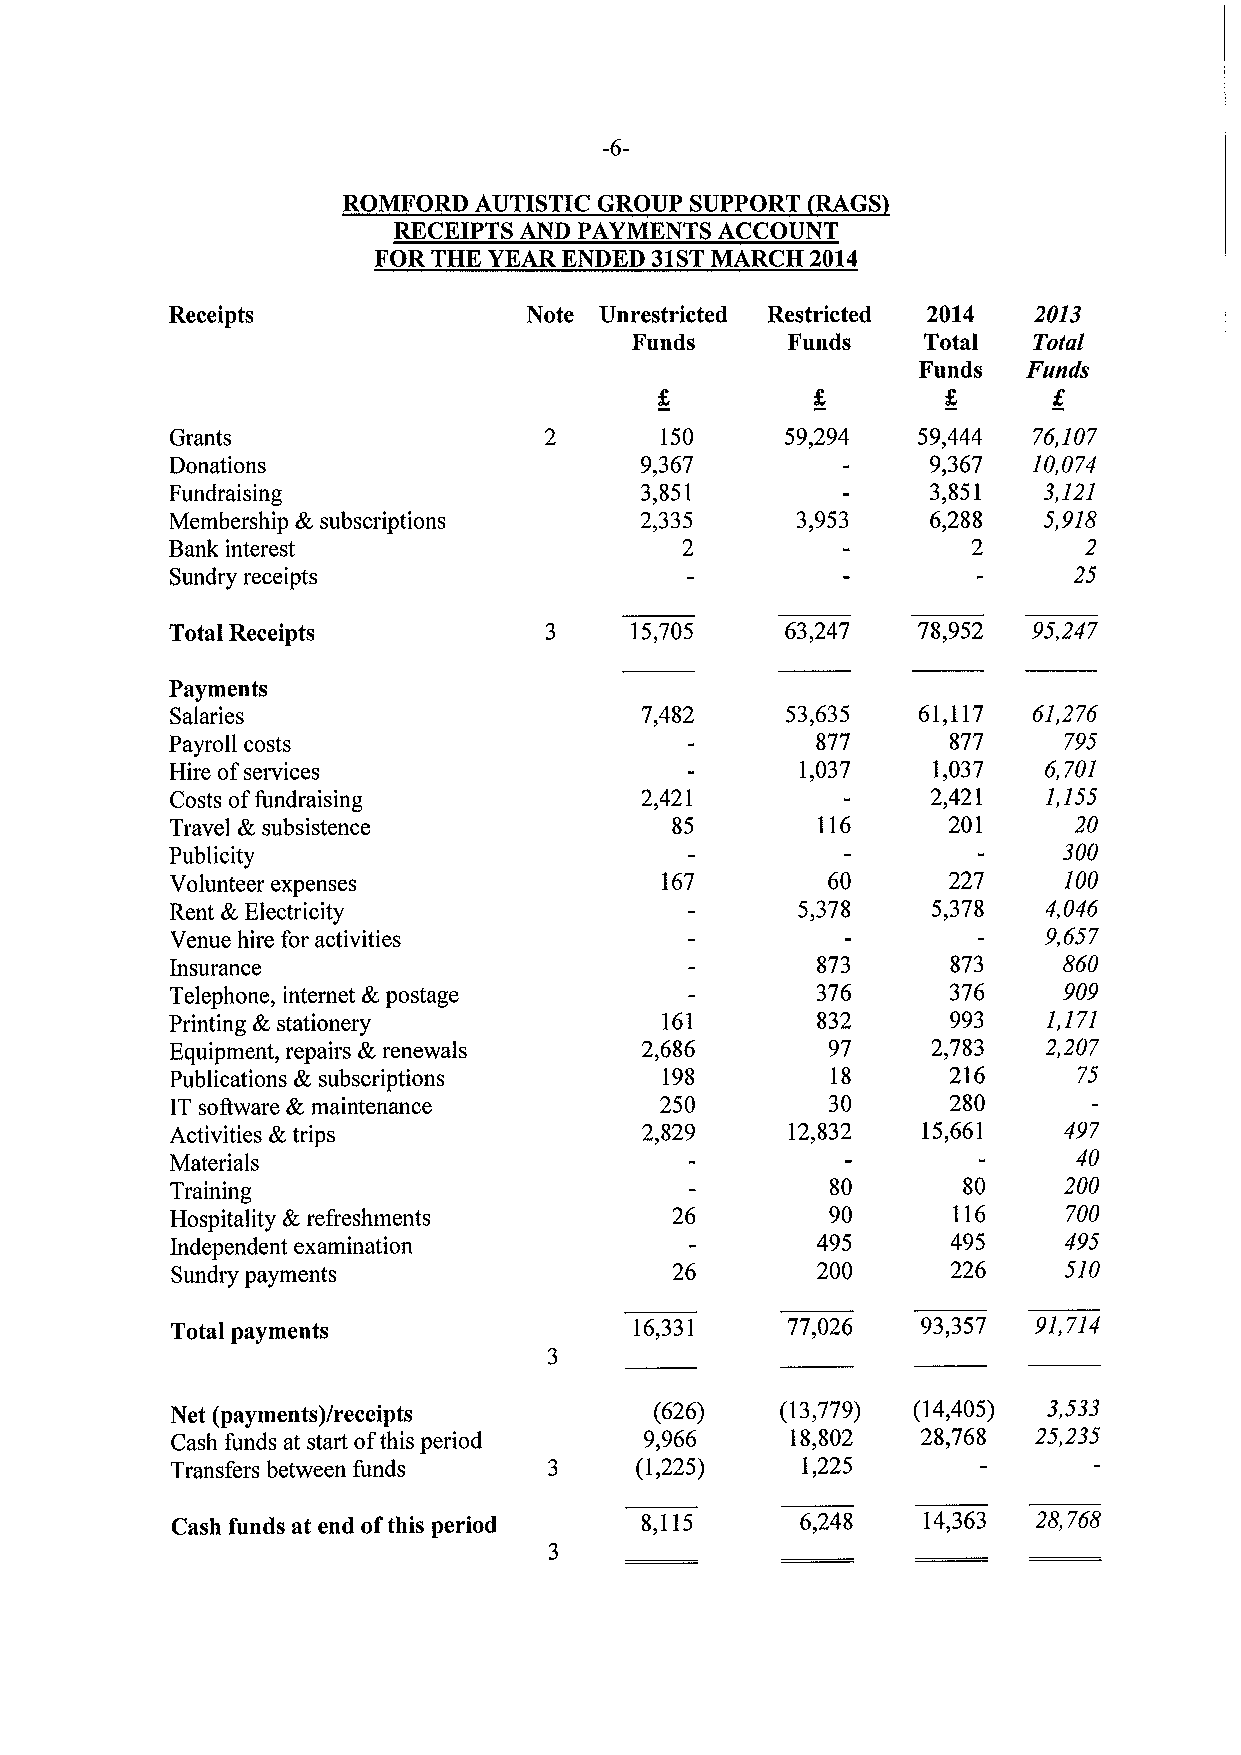
-6-
 ROMFORD AUTISTIC GROUP SUPPORT RAGS
 RECEIPTS AND PAYMENTS ACCOUNT
 FOR THE YEAR ENDED 31STMARCH 2014
 Receipts                Note Unrestricted Restricted 2014 2013
 Funds     Funds    Total  Toral
 Funds  Funds
 Grants                           150     59,294   59,444 76,107
 Donations                      9,367               9,367 10,074
 Fundraising                    3,851               3,851  3,121
 Membership &subscriptions      2,335      3,953    6,288  5,918
 Bank interest                     2                  2       2
 Sundry receipts                                             25
 Total Receipts                 15,705    63,247   78,952 95,247
 Payments
 Salaries                       7,482     53,635   61,117 61,276
 Payroll costs                              877      877    795
 Hire ofservices                           1,037    1,037  6,701
 Costs offundraising            2,421               2,421  1,155
 Travel &,subsistence             85        116      201     20
 300
 Publicity
 Volunteer expenses               167        60      227    100
 Rent &Electricity                         5,378    5,378  4,046
 Venue hire for activities                                 9,657
 Insurance                                  873      873    860
 Telephone, internet &postage               376      376    909
 Printing &stationery             161       832      993   1,171
 Equipment, repairs &renewals   2,686        97     2,783  2,207
 Publications &,subscriptions     198        18      216     75
 IT soAware &maintenance          250        30      280
 Activities &trips              2,829     12,832   15,661   497
 40
 Materials
 Training                                    80       80    200
 Hospitality &,refreshments       26         90      116     700
 Independent examination                    495      495    495
 Sundry payments                  26        200      226    510
 Total payments                 16,331    77,026   93,357 91,714
 Net (payments)/receipts         (626)    (13,779) (14,405) 3,533
 Cash funds at start ofthis period 9,966  18,802   28,768 25,235
 Transfers between funds        (1,225)    1,225
 Cash funds at end ofthis period 8,115     6,248   14,363  28,768